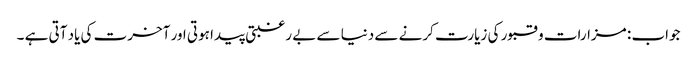
جواب : مزارات و قبور کی زیارت کرنے سے دنیا سے بے رغبتی پیدا ہوتی اور آخرت کی یاد آتی ہے ۔